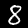
Digit: 8